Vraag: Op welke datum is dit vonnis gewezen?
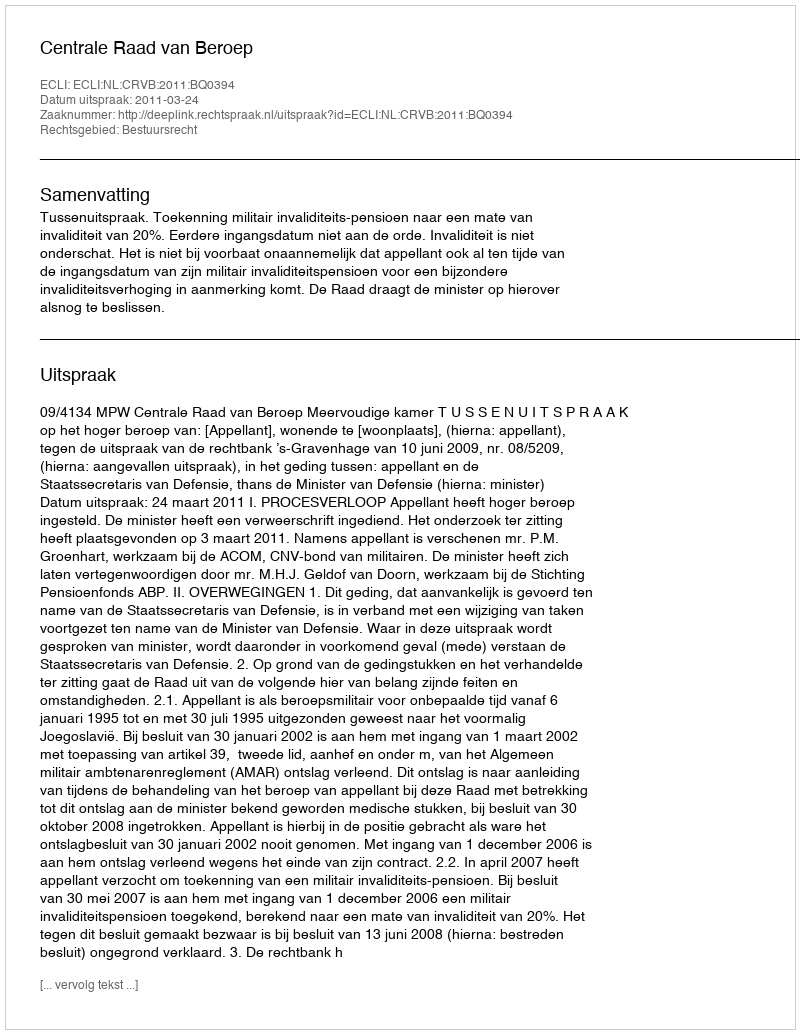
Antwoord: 2011-03-24